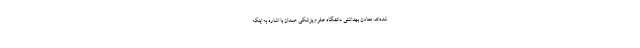
شده‌اند. معاون بهداشتی دانشگاه علوم پزشکی همدان با اشاره به اینکه